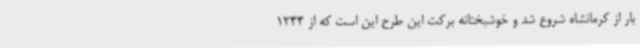
بار از کرمانشاه شروع شد و خوشبختانه برکت این طرح این است که از 1244